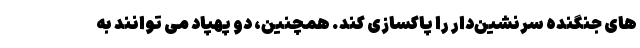
های جنگنده سرنشین‌دار را پاکسازی کند. همچنین، دو پهپاد می توانند به